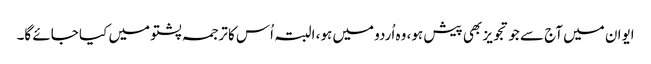
ایوان میں آج سے جو تجویز بھی پیش ہو، وہ اُردو میں ہو، البتہ اُس کا ترجمہ پشتو میں کیا جائے گا۔